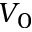
V _ { 0 }